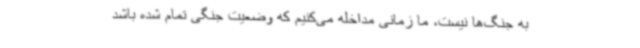
به جنگ‌ها نیست، ما زمانی مداخله می‌کنیم که وضعیت جنگی تمام شده باشد